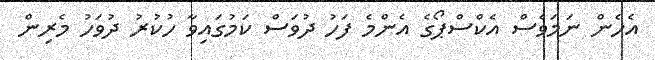
އެހެން ނަމަވެސް އެކްސްޕޯގެ އެންމެ ފަހު ދުވަސް ކަމުގައިވާ ހުކުރު ދުވަހު މެރިން